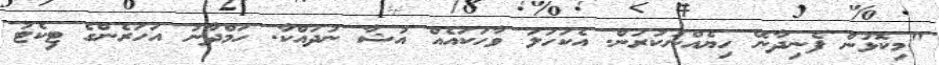
"މިކޮޅުން ފެނިދާނޭ ހިޔެއްނުކުރަން. އެކަހަލަ ވާހަކައެއް އުޝާ ނުދައްކާ. ހަމްދާނު އަހަރެންގެ ޓިކެޓު